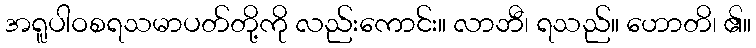
အရူပါဝစရသမာပတ်တို့ကို လည်းကောင်း။ လာဘီ၊ ရသည်။ ဟောတိ၊ ၏။